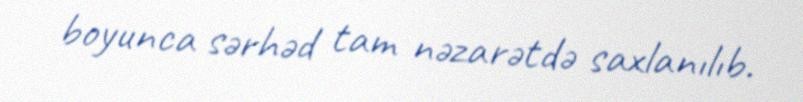
boyunca sərhəd tam nəzarətdə saxlanılıb.